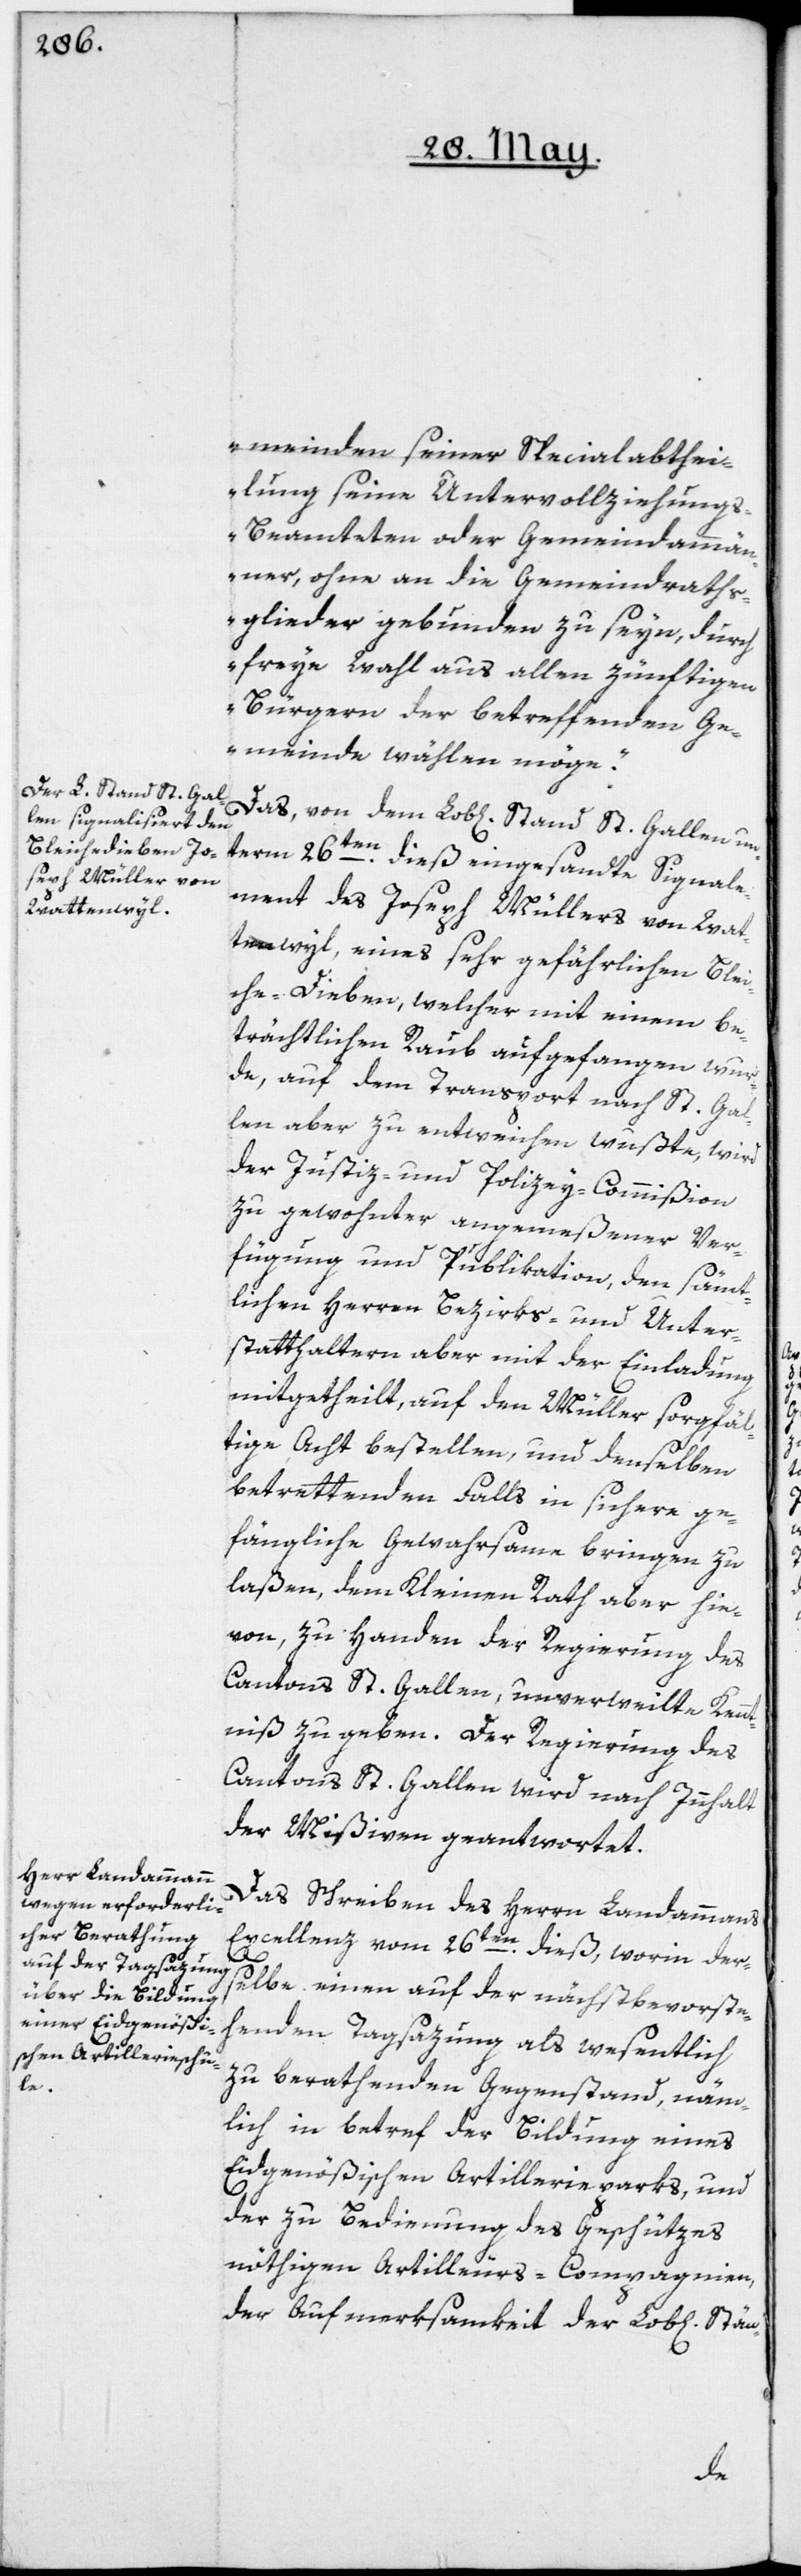
meinden seiner Specialabthei¬
lung seine Untervollziehung¬
s-Beamteten oder Gemeindammän¬
ner, ohne an die Gemeindraths¬
glieder gebunden zu seyn, durch
freye Wahl aus allen zünftigen
Bürgern der betreffenden Ge¬
meinde wählen möge“.
Das von dem Lob[lichen] Stand St. Gallen un¬
term 26ten dieß eingesandte Signale¬
ment des Joseph Müllers von Wat¬
tenwyl, eines sehr gefährlichen Blei¬
che-Dieben, welcher mit einem be¬
trächtlichen Raub aufgefangen wur¬
de, auf dem Transport nach St. Gal¬
len aber zu entweichen wußte, wird
der Justiz- und Polizey-Commißion
zu gewohnter angemeßener Ver¬
fügung und Publikation, den sämt¬
lichen Herren Bezirks- und Unter¬
statthaltern aber mit der Einladung
mitgetheilt, auf den Müller sorgfäl¬
tige Acht bestellen, und denselben
betrettenden Falls in sichere ge¬
fängliche Gewahrsame bringen zu
laßen, dem Kleinen Rath aber hie¬
von, zu Handen der Regierung des
Cantons St. Gallen, unverweilte Kennt¬
niß zu geben. Der Regierung des
Cantons St. Gallen wird nach Innhalt
der Mißiven geantwortet.
Das Schreiben des Herrn Landammanns
Excellenz vom 26ten dieß, worin der¬
selbe einen auf der nächstbevorste¬
henden Tagsazung als wesentlich
zu berathenden Gegenstand, näm¬
lich in betref der Bildung eines
Eidgenößischen Artillerieparks, und
der zu Bedienung des Geschützes
nöthigen Artilleurs-Compagnien,
der Aufmerksamkeit der Lob[lichen]